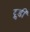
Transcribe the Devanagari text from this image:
ट्रुडी